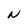
Character: N